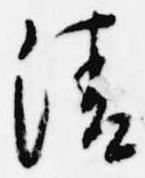
清